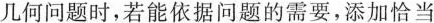
几何问题时，若能依据问题的需要，添加恰当